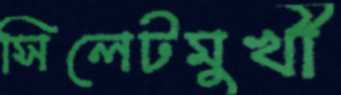
সিলেটমুখী